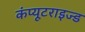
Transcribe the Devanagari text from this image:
कंप्यूटराइज्ड